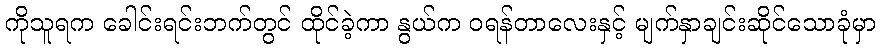
ကိုသူရက ခေါင်းရင်းဘက်တွင် ထိုင်ခဲ့ကာ နွယ်က ဝရန်တာလေးနှင့် မျက်နှာချင်းဆိုင်သောခုံမှာ